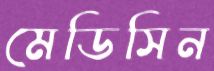
মেডিসিন